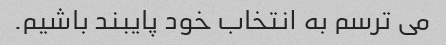
می ترسم به انتخاب خود پایبند باشیم.